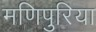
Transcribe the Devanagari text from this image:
मणिपुरिया